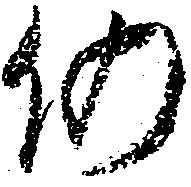
仍